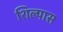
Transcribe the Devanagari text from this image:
शिल्पास